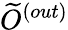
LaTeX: {\widetilde O}^{(out)}